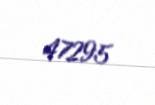
47295